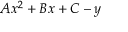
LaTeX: A x ^ { 2 } + B x + C - y